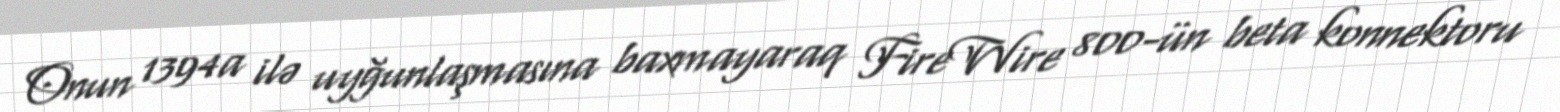
Onun 1394a ilə uyğunlaşmasına baxmayaraq FireWire 800-ün beta konnektoru